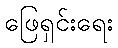
ဖြေရှင်းရေး